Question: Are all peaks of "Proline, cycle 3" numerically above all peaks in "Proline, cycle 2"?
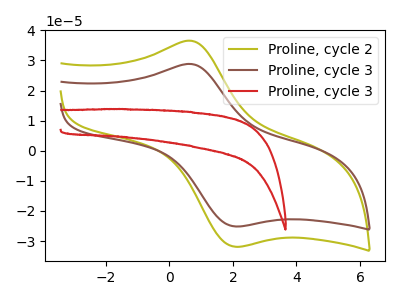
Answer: <think>The olive curve "Proline, cycle 2" has an anodic peak at (0.75V, 36.40uA) and a cathodic peak at (2.05V, -31.90uA). The brown curve "Proline, cycle 3" has an anodic peak at (0.75V, 28.70uA) and a cathodic peak at (2.05V, -25.15uA). The red curve "Proline, cycle 3" has no peaks.</think>
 <answer>Every peak in "Proline, cycle 3" is lower than every peak in "Proline, cycle 2".</answer>
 <eval>lower</eval>